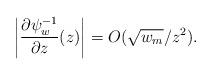
LaTeX: \begin{align*}\left|\frac{\partial\psi_w^{-1}}{\partial z}(z)\right | = O(\sqrt{{w_m}}/z^2).\end{align*}